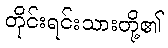
တိုင်းရင်းသားတို့၏